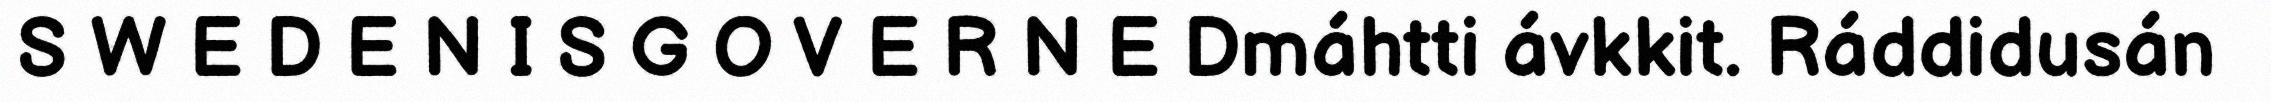
S W E D E N I S G O V E R N E Dmáhtti ávkkit. Ráddidusán